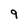
Character: 9